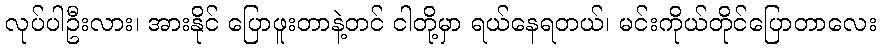
လုပ်ပါဦးလား၊ အားနိုင် ပြောဖူးတာနဲ့တင် ငါတို့မှာ ရယ်နေရတယ်၊ မင်းကိုယ်တိုင်ပြောတာလေး